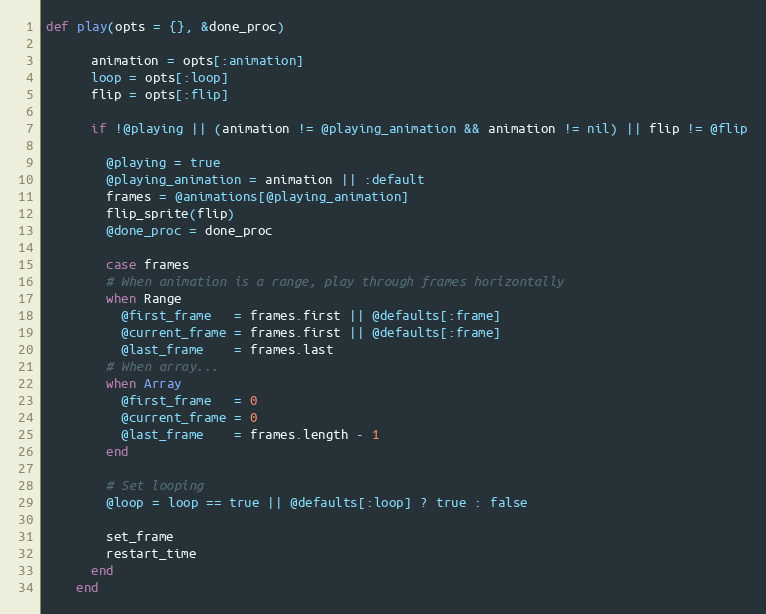
Language: Ruby
def play(opts = {}, &done_proc)

      animation = opts[:animation]
      loop = opts[:loop]
      flip = opts[:flip]

      if !@playing || (animation != @playing_animation && animation != nil) || flip != @flip

        @playing = true
        @playing_animation = animation || :default
        frames = @animations[@playing_animation]
        flip_sprite(flip)
        @done_proc = done_proc

        case frames
        # When animation is a range, play through frames horizontally
        when Range
          @first_frame   = frames.first || @defaults[:frame]
          @current_frame = frames.first || @defaults[:frame]
          @last_frame    = frames.last
        # When array...
        when Array
          @first_frame   = 0
          @current_frame = 0
          @last_frame    = frames.length - 1
        end

        # Set looping
        @loop = loop == true || @defaults[:loop] ? true : false

        set_frame
        restart_time
      end
    end